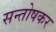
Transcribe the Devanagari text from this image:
सन्तोषकर